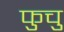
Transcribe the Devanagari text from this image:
फुचु